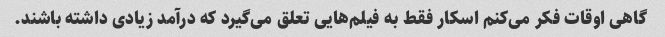
گاهی اوقات فکر می‌کنم اسکار فقط به فیلم‌هایی تعلق می‌گیرد که درآمد زیادی داشته باشند.